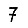
Digit: 7